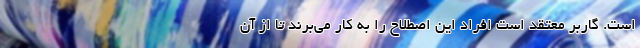
است. گاربر معتقد است افراد این اصطلاح را به کار می‌برند تا از آن